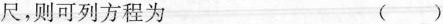
尺，则可列方程为 ()